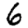
Digit: 6